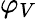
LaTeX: \varphi_{V}